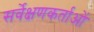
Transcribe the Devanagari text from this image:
सर्वेक्षणकर्ताओं